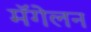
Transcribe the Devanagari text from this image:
मॅगेलन